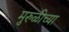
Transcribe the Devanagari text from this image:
मुरुळीच्या